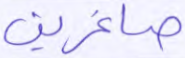
صاغرين